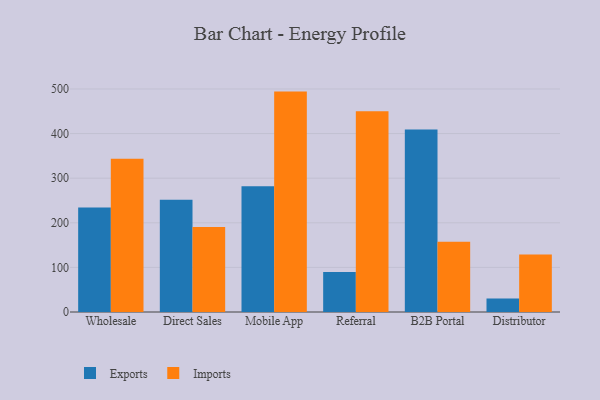
{"axis": {"x": "Channel", "y": "Budget (USD K)"}, "legend": ["Exports", "Imports"], "data": [{"x": "Wholesale", "y": 234.4, "type": "Exports"}, {"x": "Wholesale", "y": 343.8, "type": "Imports"}, {"x": "Direct Sales", "y": 251.9, "type": "Exports"}, {"x": "Direct Sales", "y": 190.4, "type": "Imports"}, {"x": "Mobile App", "y": 282.0, "type": "Exports"}, {"x": "Mobile App", "y": 494.1, "type": "Imports"}, {"x": "Referral", "y": 89.6, "type": "Exports"}, {"x": "Referral", "y": 449.9, "type": "Imports"}, {"x": "B2B Portal", "y": 409.0, "type": "Exports"}, {"x": "B2B Portal", "y": 157.6, "type": "Imports"}, {"x": "Distributor", "y": 30.0, "type": "Exports"}, {"x": "Distributor", "y": 129.1, "type": "Imports"}]}